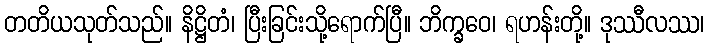
တတိယသုတ်သည်။ နိဋ္ဌိတံ၊ ပြီးခြင်းသို့ရောက်ပြီ။ ဘိက္ခဝေ၊ ရဟန်းတို့။ ဒုဿီလဿ၊